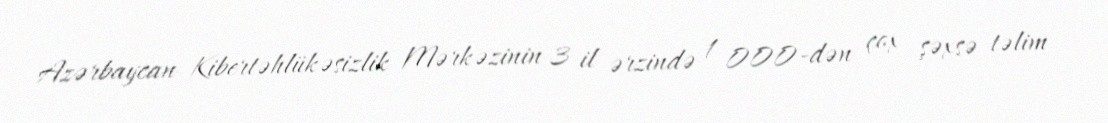
Azərbaycan Kibertəhlükəsizlik Mərkəzinin 3 il ərzində 1 000-dən çox şəxsə təlim